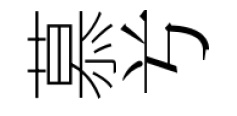
慕𠔃